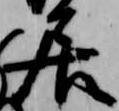
居